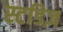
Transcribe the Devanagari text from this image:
स्टडिज़